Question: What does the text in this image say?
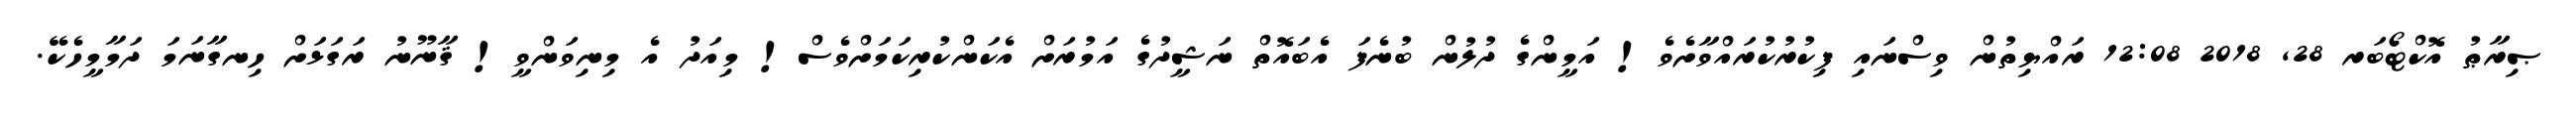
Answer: ޞިރާޠު އޮކްޓޯބަރ 28, 2018 12:08 ރައްޔިތުން ވިސްނައި ފިކުރުކުރައްވާށެވެ! އަމީންގެ ދުލުން ބުނެފަ އެބައޮތް ނަޝީދުގެ އަމުރަށް އެކަންކުރިކަމަށްވެސް! މިއަދު އެ މިނިވަންވީ! ޤާނޫނު ރަގަޅަށް ހިނގާނަމަ ދަމާމީހެކޭ.